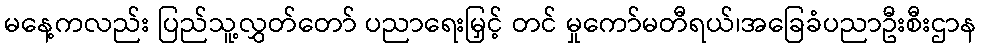
မနေ့ကလည်း ပြည်သူ့လွှတ်တော် ပညာရေးမြှင့် တင် မှုကော်မတီရယ်၊အခြေခံပညာဦးစီးဌာန